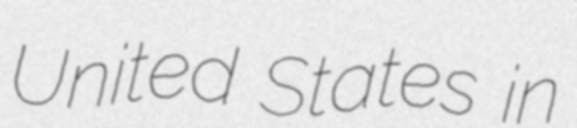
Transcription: United States in